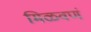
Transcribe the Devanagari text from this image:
मिळवणं